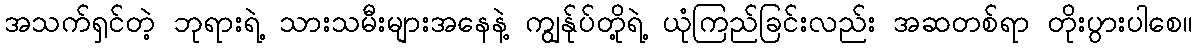
အသက်ရှင်တဲ့ ဘုရားရဲ့ သားသမီးများအနေနဲ့ ကျွန်ုပ်တို့ရဲ့ ယုံကြည်ခြင်းလည်း အဆတစ်ရာ တိုးပွားပါစေ။